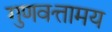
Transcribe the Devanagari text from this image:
गुणवत्तामय